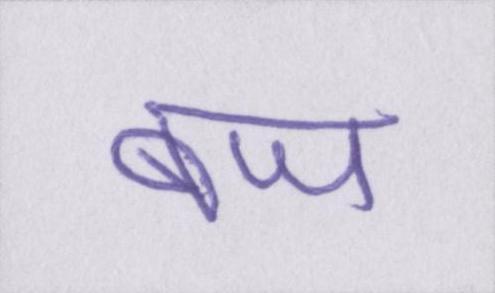
बज